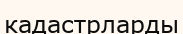
кадастрларды